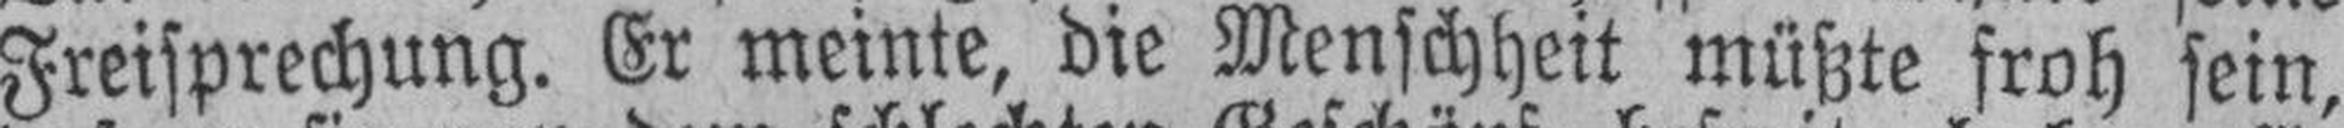
Freisprechung. Er meinte, die Menschheit müßte froh sein,